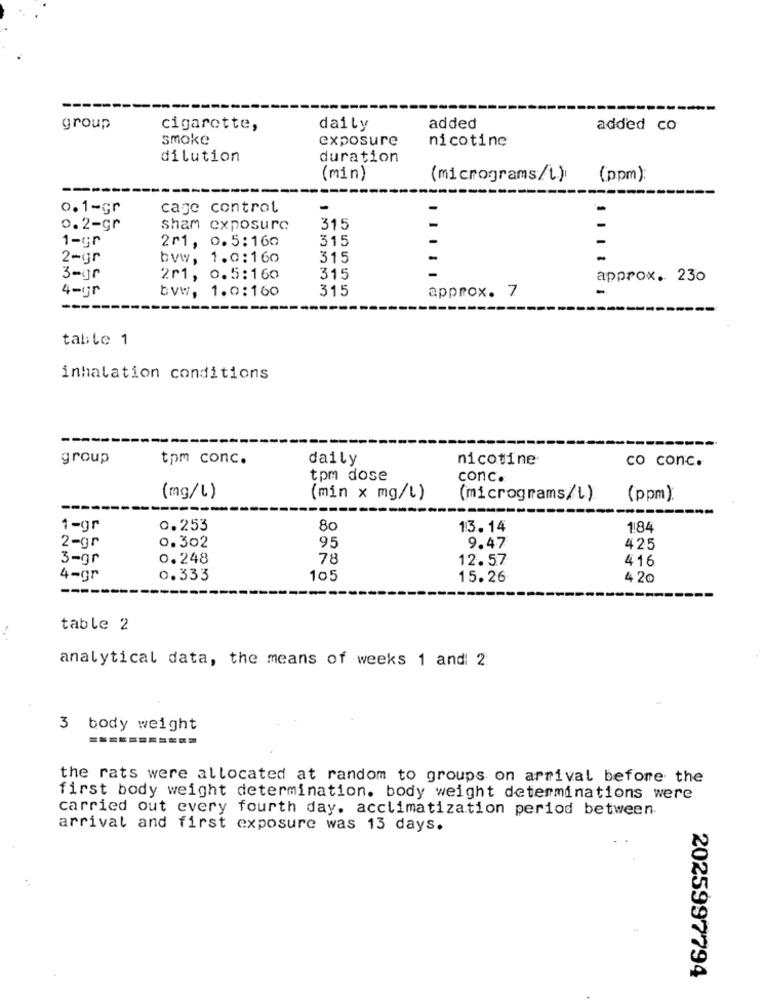
-------
--------
group
cigarette,
daily
added
added co
smoke
exposure
nicotine
dilution
duration
(min)
(micrograms/t.)
(ppm):
0.1-Gr
cage control
-
0.2-gr
sham exposure
315
1-Gr
2r1, 0.5:160
315
2=gr
bvw, 1.0:160
315
3-gr
2r1, o.5:160
315
approx. 230
4-gr
bvw, 1.0:160
315
approx. 7
table 1
inhalation conditions
------
group
tpm conc.
daily
nicotine
co conc.
tpm dose
conc.
(mg/l)
(min x mg/l)
(micrograms/l)
(ppm)
1-gr
0.253
80
13.14
1:84
95
2-gr
0.302
9.47
425
3-gr
0.248
78
12.57
416
4-gr
0.333
105
15.26
4 20
----
table 2
analytical data, the means of weeks 1 and: 2:
3 body weight
the rats were allocated at random to groups on arrival before the
first body weight determination. body weight determinations were
carried out every fourth day. acclimatization period between.
arrival and first exposure was 13 days.
2025997794